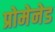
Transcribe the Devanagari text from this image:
प्रोमेनेड